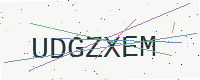
Text: UDGZXEM